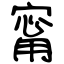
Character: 甯